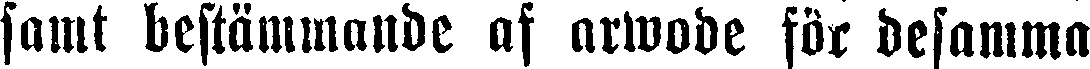
samt bestämmande af arwode för desamma